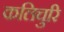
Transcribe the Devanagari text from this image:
कलिचुरि